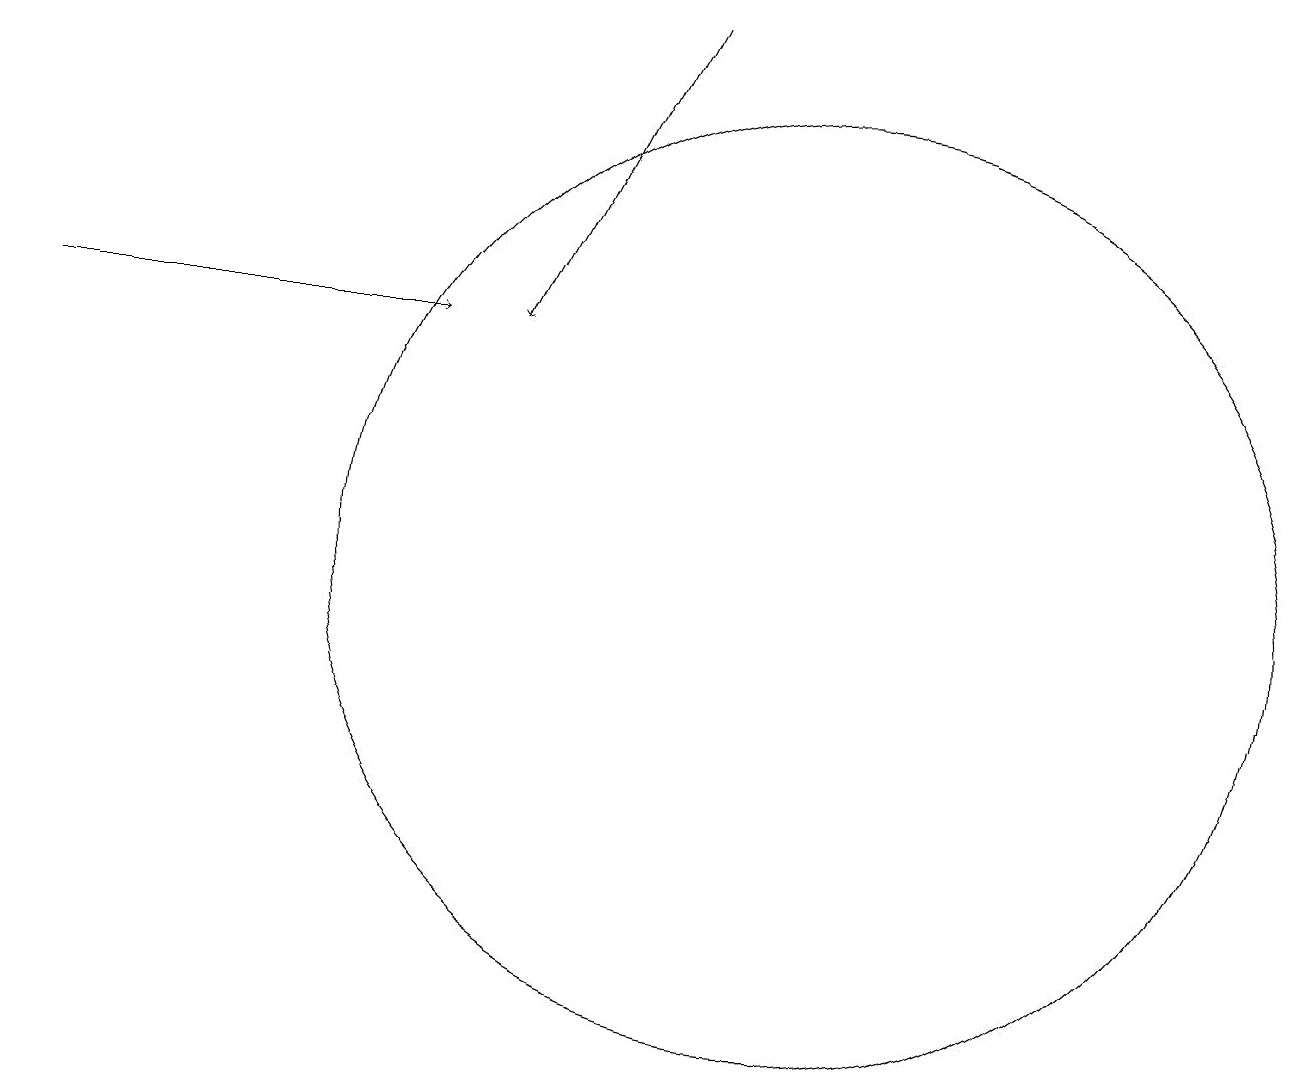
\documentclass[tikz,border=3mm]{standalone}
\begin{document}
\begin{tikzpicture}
\draw[->] (1,14) -- (6,14);
\draw[->] (9,18) -- (7,14);
\draw (11,11) circle (6);
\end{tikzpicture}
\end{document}